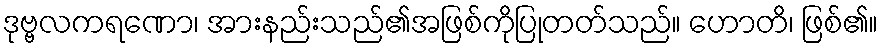
ဒုဗ္ဗလကရဏော၊ အားနည်းသည်၏အဖြစ်ကိုပြုတတ်သည်။ ဟောတိ၊ ဖြစ်၏။